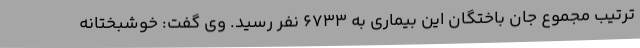
ترتیب مجموع جان باختگان این بیماری به 6733 نفر رسید. وی گفت: خوشبختانه